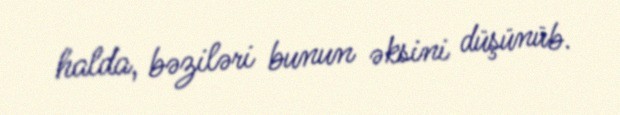
halda, bəziləri bunun əksini düşünüb.